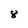
Character: 8